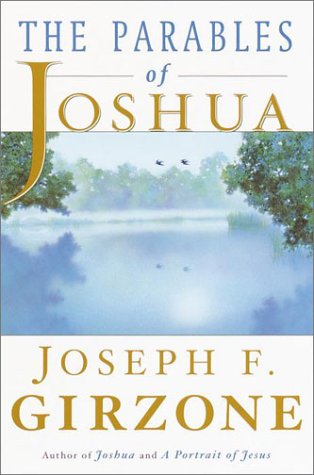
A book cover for The Parables of Joshua; Joseph F. Girzone; Christian Books & Bibles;